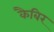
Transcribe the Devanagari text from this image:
कैबिर